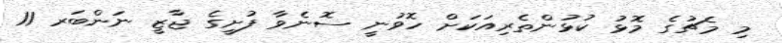
މި މެޗުގެ މޮޅު ކުޅުންތެރިއަކަށް ހޮވުނީ ސޮނެވާ ފުށީގެ ޖާޒީ ނަންބަރ 11